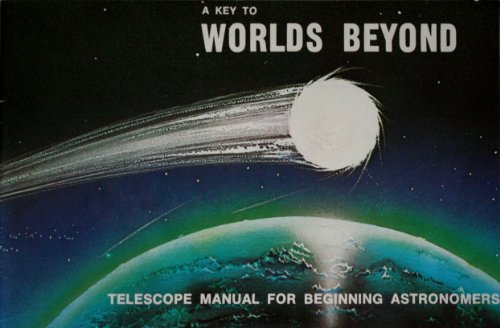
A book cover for A key to worlds beyond: Telescope manual for beginning astronomers; Arthur P Smith; Science & Math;